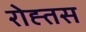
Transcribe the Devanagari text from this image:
रोह्तस